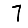
Digit: 7